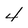
Character: 4